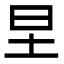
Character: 圼